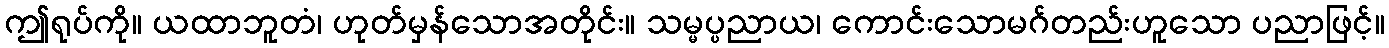
ဤရုပ်ကို။ ယထာဘူတံ၊ ဟုတ်မှန်သောအတိုင်း။ သမ္မပ္ပညာယ၊ ကောင်းသောမဂ်တည်းဟူသော ပညာဖြင့်။